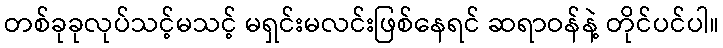
တစ်ခုခုလုပ်သင့်မသင့် မရှင်းမလင်းဖြစ်နေရင် ဆရာဝန်နဲ့ တိုင်ပင်ပါ။